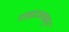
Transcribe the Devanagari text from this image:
गाद्याजवळून